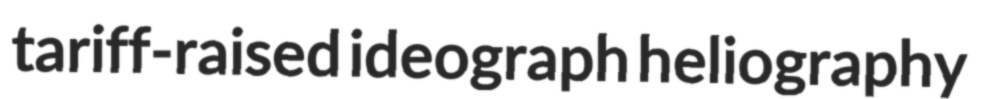
tariff-raised ideograph heliography